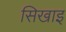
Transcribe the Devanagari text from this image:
सिखाइ